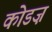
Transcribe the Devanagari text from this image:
कोडज़